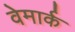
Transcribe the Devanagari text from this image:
वेमार्क